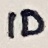
Text: ID